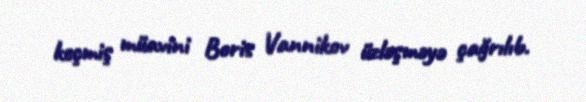
keçmiş müavini Boris Vannikov üzləşməyə çağrılıb.